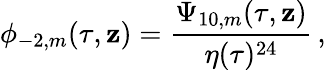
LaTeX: \phi_{-2,m}(\tau,\mathbf{z})=\frac{{\Psi_{10,m}(\tau,\mathbf{z})}}{{\eta(\tau)^{24}}}\, ,